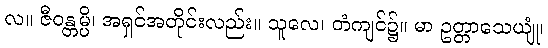
လ။ ဇီဝန္တမ္ပိ၊ အရှင်အတိုင်းလည်း။ သူလေ၊ တံကျင်၌။ မာ ဥတ္တာသေယျုံ၊